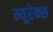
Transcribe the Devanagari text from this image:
म्यूरेक्स